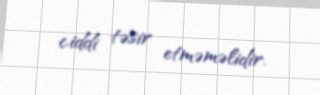
ciddi təsir etməməlidir.